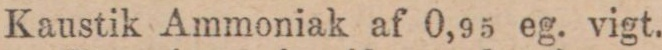
Kaustik Ammoniak af 0,95 eg. vigt.